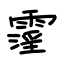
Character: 霪